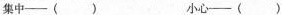
集中—( ) 小心—( )